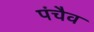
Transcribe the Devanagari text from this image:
पंचैव